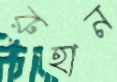
রুহান